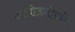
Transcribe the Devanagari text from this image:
आयोडाईडचे